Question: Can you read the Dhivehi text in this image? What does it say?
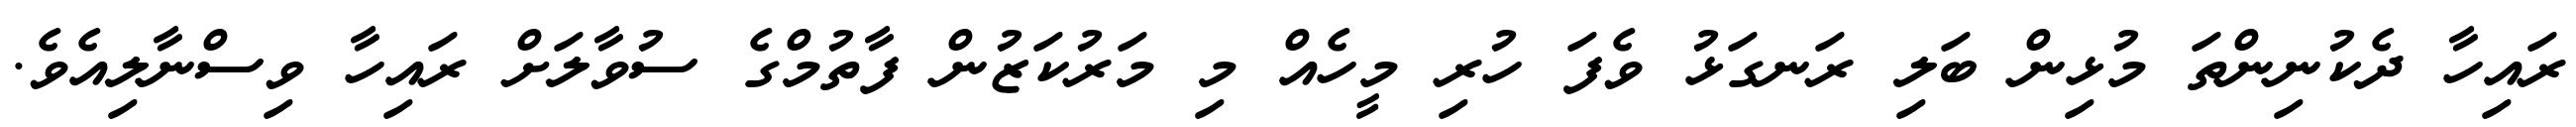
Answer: ރައިހާ ދެކުނިންތަ މުޅިން ބަލި ރަނގަޅު ވެފަ ހުރި މީހެއް މި މަރުކަޒުން ފާތުމްގެ ސުވާލަށް ރައިހާ ވިސްނާލިއެވެ.